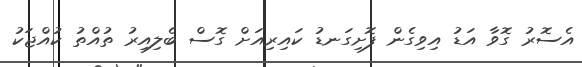
އެސޮރު ގޮވާ އަޑު އިވިގެން ފޮށިގަނޑު ކައިރިއަށް ގޮސް ބެލިއިރު ތުއްތު ކުއްޖަކު